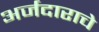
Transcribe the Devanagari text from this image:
अर्जदाराचे